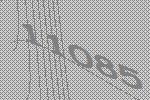
11085